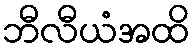
ဘီလီယံအထိ